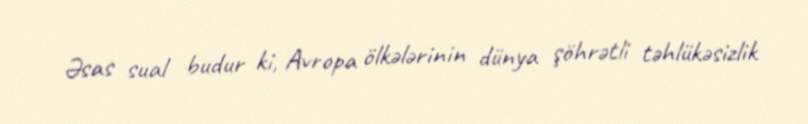
Əsas sual budur ki, Avropa ölkələrinin dünya şöhrətli təhlükəsizlik